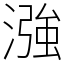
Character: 漒